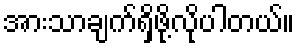
အားသာချက်ရှိဖို့လိုပါတယ်။